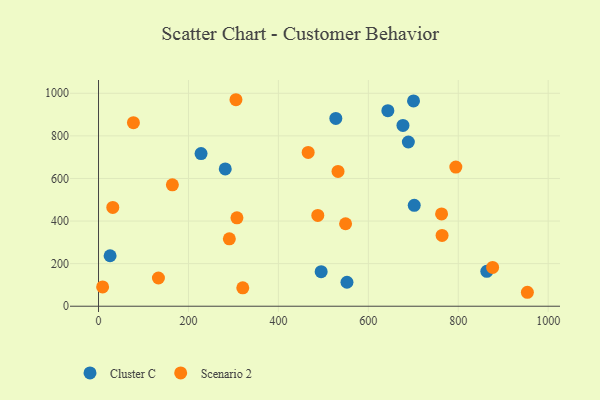
{"axis": {"x": "Distance", "y": "Salary"}, "legend": ["Cluster C", "Scenario 2"], "data": [{"x": "677.0", "y": 849.2, "type": "Cluster C"}, {"x": "552.5", "y": 112.5, "type": "Cluster C"}, {"x": "700.5", "y": 964.1, "type": "Cluster C"}, {"x": "281.8", "y": 644.6, "type": "Cluster C"}, {"x": "863.5", "y": 164.1, "type": "Cluster C"}, {"x": "689.0", "y": 771.3, "type": "Cluster C"}, {"x": "527.7", "y": 881.9, "type": "Cluster C"}, {"x": "228.0", "y": 717.1, "type": "Cluster C"}, {"x": "643.4", "y": 918.4, "type": "Cluster C"}, {"x": "495.1", "y": 162.4, "type": "Cluster C"}, {"x": "25.7", "y": 237.1, "type": "Cluster C"}, {"x": "702.1", "y": 473.7, "type": "Cluster C"}, {"x": "762.9", "y": 433.7, "type": "Scenario 2"}, {"x": "532.6", "y": 632.9, "type": "Scenario 2"}, {"x": "307.8", "y": 415.0, "type": "Scenario 2"}, {"x": "876.4", "y": 182.1, "type": "Scenario 2"}, {"x": "466.2", "y": 722.3, "type": "Scenario 2"}, {"x": "9.1", "y": 90.5, "type": "Scenario 2"}, {"x": "794.6", "y": 653.7, "type": "Scenario 2"}, {"x": "305.6", "y": 969.8, "type": "Scenario 2"}, {"x": "133.2", "y": 132.6, "type": "Scenario 2"}, {"x": "487.6", "y": 426.6, "type": "Scenario 2"}, {"x": "164.2", "y": 570.0, "type": "Scenario 2"}, {"x": "290.9", "y": 316.5, "type": "Scenario 2"}, {"x": "31.7", "y": 463.9, "type": "Scenario 2"}, {"x": "77.6", "y": 862.0, "type": "Scenario 2"}, {"x": "764.0", "y": 332.3, "type": "Scenario 2"}, {"x": "953.7", "y": 65.5, "type": "Scenario 2"}, {"x": "320.8", "y": 86.4, "type": "Scenario 2"}, {"x": "549.4", "y": 387.4, "type": "Scenario 2"}]}